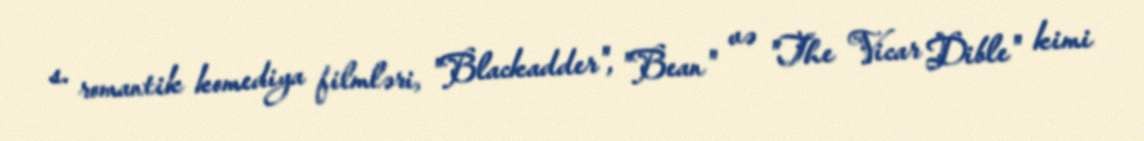
s. romantik komediya filmləri, "Blackadder", "Bean" və "The Vicar Dible" kimi